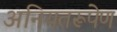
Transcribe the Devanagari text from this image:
अनियतरूपेण